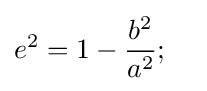
e^{2}=1-{\frac {b^{2}}{a^{2}}};\quad